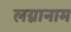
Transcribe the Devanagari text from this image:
लग्नानाम